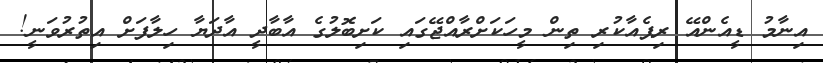
އިނާމު ޑީއެންއޭ ރިޕެއާކުރި ތިން މީހަކަށްރާއްޖޭގައި ކަށިބޮލުގެ އާބާދީ އާދަޔާ ހިލާފަށް އިިތުރުވަނީ!